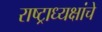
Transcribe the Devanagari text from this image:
राष्‍ट्राध्‍यक्षांचे